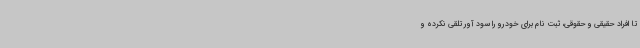
تا افراد حقیقی و حقوقی، ثبت نام برای خودرو را سود آور تلقی نکرده و